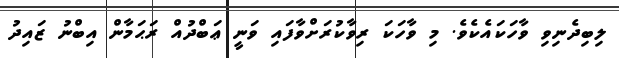
ލިބިދެނިވި ވާހަކައެކެވެ. މި ވާހަކަ ރިވާކުރަށްވާފައި ވަނީ ޢަބްދުއް ރަޙަމާން އިބްނު ޒައިދު